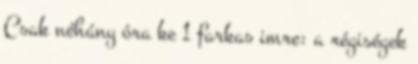
Csak néhány óra ke 1 farkas imre: a régiségek